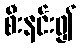
စီးနင်း၍